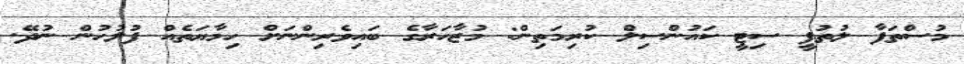
މުސްތަފާ ލުތުފީ ސިޓީ ކައުންސިލް ކުރިމަތިން: މުޒާހަރާގެ ބައިވެރިންނަށް ހިމާޔަތެއް ފުލުހުން ނުދޭ.